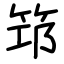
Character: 筇